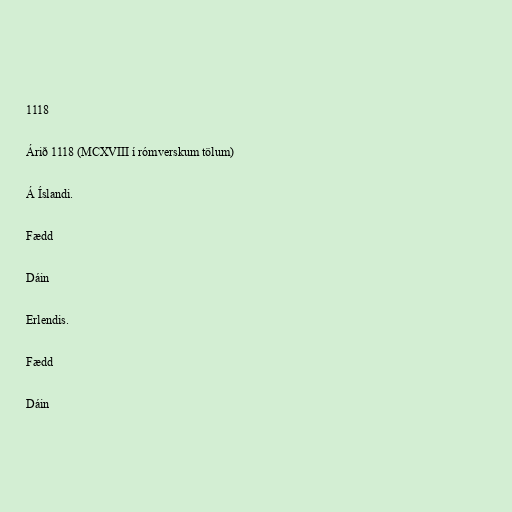
1118

Árið 1118 (MCXVIII í rómverskum tölum)

Á Íslandi.

Fædd

Dáin

Erlendis.

Fædd

Dáin